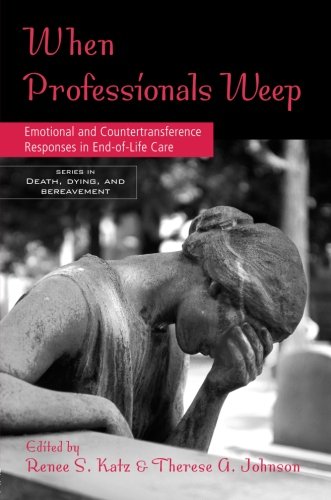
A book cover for When Professionals Weep: Emotional and Countertransference Responses in End-of-Life Care (Series in Death, Dying, and Bereavement); Self-Help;